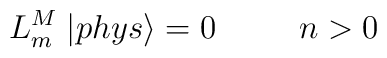
L_m^M\;|phys\rangle=0\;\;\;\;\;\;\;\;\;n>0